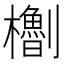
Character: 𪴝